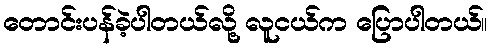
တောင်းပန်ခဲ့ပါတယ်လို့ လူငယ်က ပြောပါတယ်။